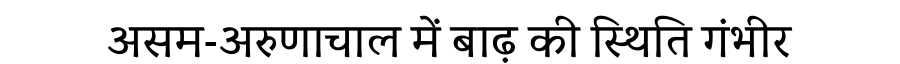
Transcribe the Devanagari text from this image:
असम-अरुणाचाल में बाढ़ की स्थिति गंभीर